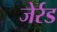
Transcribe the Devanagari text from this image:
जेर्रड